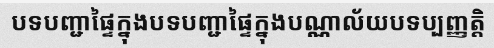
បទបញ្ជាផ្ទៃក្នុងបទបញ្ជាផ្ទៃក្នុងបណ្ណាល័យបទប្បញ្ញត្តិ